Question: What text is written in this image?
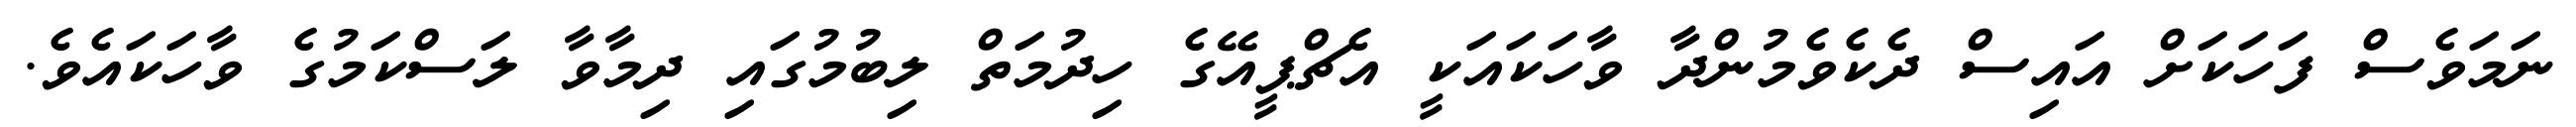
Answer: ނަމަވެސް ފަހަކަށް އައިސް ދެކެވެމުންދާ ވާހަކައަކީ އެޗްޕީއޭގެ ހިދުމަތް ލިބުމުގައި ދިމާވާ ލަސްކަމުގެ ވާހަކައެވެ.